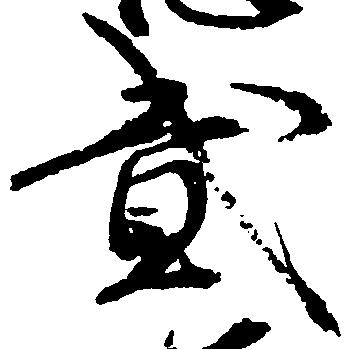
弐